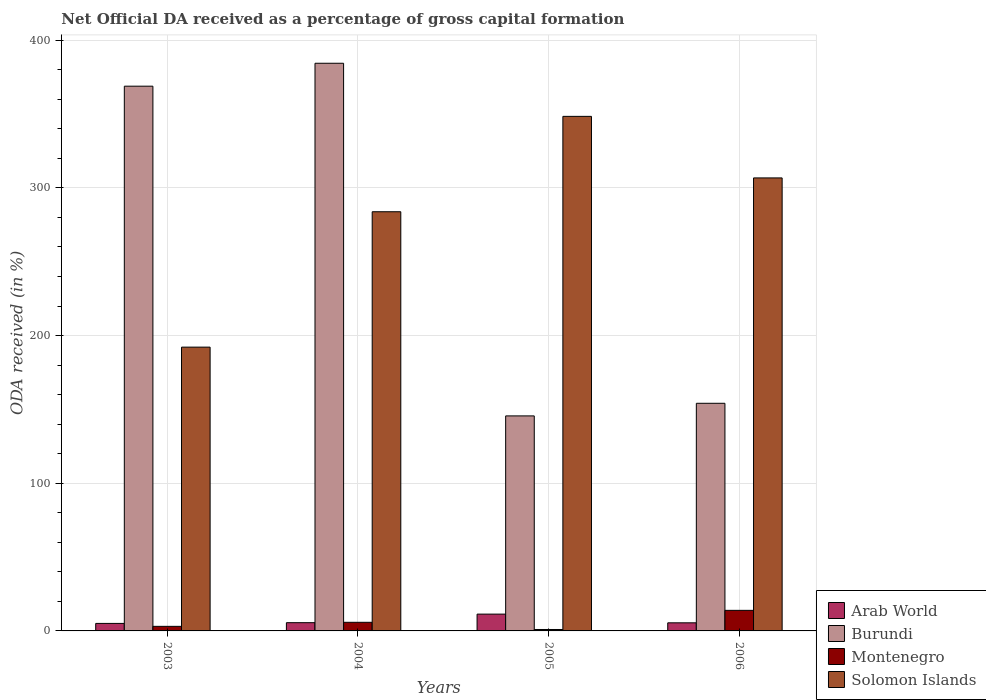
| Years | Arab World | Burundi | Montenegro | Solomon Islands |
 | --- | --- | --- | --- | --- |
 | 2003 | 5.08 | 369 | 3.09 | 192 |
 | 2004 | 5.58 | 384 | 5.84 | 284 |
 | 2005 | 11.4 | 146 | 0.965 | 348 |
 | 2006 | 5.49 | 154 | 13.9 | 307 |